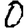
Digit: 0